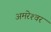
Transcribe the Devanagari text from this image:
अमरेश्‍वर